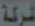
شركة